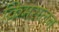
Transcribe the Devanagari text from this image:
क्रिमसलन